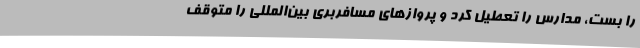
را بست، مدارس را تعطیل کرد و پروازهای مسافربری بین‌المللی را متوقف